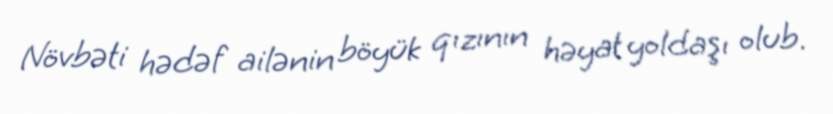
Növbəti hədəf ailənin böyük qızının həyat yoldaşı olub.